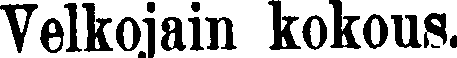
Velkojain kokous.